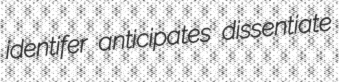
identifer anticipates dissentiate